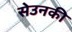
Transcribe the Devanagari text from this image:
सेउनकी